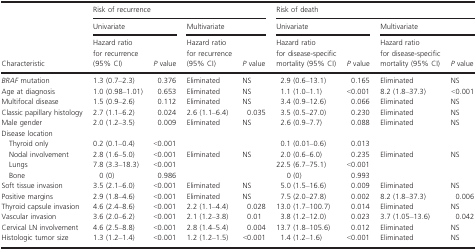
<table><thead><tr><td></td><td colspan="4"><b>Risk of recurrence</b></td><td colspan="4"><b>Risk of death</b></td></tr><tr><td></td><td colspan="2"><b>Univariate</b></td><td colspan="2"><b>Multivariate</b></td><td colspan="2"><b>Univariate</b></td><td colspan="2"><b>Multivariate</b></td></tr><tr><td><b>Characteristic</b></td><td><b>Hazard ratio for recurrence (95% CI)</b></td><td><b><i>P</i> value</b></td><td><b>Hazard ratio for recurrence (95% CI)</b></td><td><b><i>P</i> value</b></td><td><b>Hazard ratio for disease-specific mortality (95% CI)</b></td><td><b><i>P</i> value</b></td><td><b>Hazard ratio for disease-specific mortality (95% CI)</b></td><td><b><i>P</i> value</b></td></tr></thead><tbody><tr><td><i>BRAF</i> mutation</td><td>1.3 (0.7–2.3)</td><td>0.376</td><td>Eliminated</td><td>NS</td><td>2.9 (0.6–13.1)</td><td>0.165</td><td>Eliminated</td><td>NS</td></tr><tr><td>Age at diagnosis</td><td>1.0 (0.98–1.01)</td><td>0.653</td><td>Eliminated</td><td>NS</td><td>1.1 (1.0–1.1)</td><td>&lt;0.001</td><td>8.2 (1.8–37.3)</td><td>&lt;0.001</td></tr><tr><td>Multifocal disease</td><td>1.5 (0.9–2.6)</td><td>0.112</td><td>Eliminated</td><td>NS</td><td>3.4 (0.9–12.6)</td><td>0.066</td><td>Eliminated</td><td>NS</td></tr><tr><td>Classic papillary histology</td><td>2.7 (1.1–6.2)</td><td>0.024</td><td>2.6 (1.1–6.4)</td><td>0.035</td><td>3.5 (0.5–27.0)</td><td>0.230</td><td>Eliminated</td><td>NS</td></tr><tr><td>Male gender</td><td>2.0 (1.2–3.5)</td><td>0.009</td><td>Eliminated</td><td>NS</td><td>2.6 (0.9–7.7)</td><td>0.088</td><td>Eliminated</td><td>NS</td></tr><tr><td colspan="9">Disease location</td></tr><tr><td> Thyroid only</td><td>0.2 (0.1–0.4)</td><td>&lt;0.001</td><td></td><td></td><td>0.1 (0.01–0.6)</td><td>0.013</td><td></td><td></td></tr><tr><td> Nodal involvement</td><td>2.8 (1.6–5.0)</td><td>&lt;0.001</td><td>Eliminated</td><td>NS</td><td>2.0 (0.6–6.0)</td><td>0.235</td><td>Eliminated</td><td>NS</td></tr><tr><td> Lungs</td><td>7.8 (3.3–18.3)</td><td>&lt;0.001</td><td></td><td></td><td>22.5 (6.7–75.1)</td><td>&lt;0.001</td><td></td><td></td></tr><tr><td> Bone</td><td>0 (0)</td><td>0.986</td><td></td><td></td><td>0 (0)</td><td>0.993</td><td></td><td></td></tr><tr><td>Soft tissue invasion</td><td>3.5 (2.1–6.0)</td><td>&lt;0.001</td><td>Eliminated</td><td>NS</td><td>5.0 (1.5–16.6)</td><td>0.009</td><td>Eliminated</td><td>NS</td></tr><tr><td>Positive margins</td><td>2.9 (1.8–4.6)</td><td>&lt;0.001</td><td>Eliminated</td><td>NS</td><td>7.5 (2.0–27.8)</td><td>0.002</td><td>8.2 (1.8–37.3)</td><td>0.006</td></tr><tr><td>Thyroid capsule invasion</td><td>4.6 (2.4–8.6)</td><td>&lt;0.001</td><td>2.2 (1.1–4.4)</td><td>0.028</td><td>13.0 (1.7–100.7)</td><td>0.014</td><td>Eliminated</td><td>NS</td></tr><tr><td>Vascular invasion</td><td>3.6 (2.0–6.2)</td><td>&lt;0.001</td><td>2.1 (1.2–3.8)</td><td>0.01</td><td>3.8 (1.2–12.0)</td><td>0.023</td><td>3.7 (1.05–13.6)</td><td>0.042</td></tr><tr><td>Cervical LN involvement</td><td>4.6 (2.5–8.8)</td><td>&lt;0.001</td><td>2.8 (1.4–5.4)</td><td>0.004</td><td>13.7 (1.8–105.6)</td><td>0.012</td><td>Eliminated</td><td>NS</td></tr><tr><td>Histologic tumor size</td><td>1.3 (1.2–1.4)</td><td>&lt;0.001</td><td>1.2 (1.2–1.5)</td><td>&lt;0.001</td><td>1.4 (1.2–1.6)</td><td>&lt;0.001</td><td>Eliminated</td><td>NS</td></tr></tbody></table>